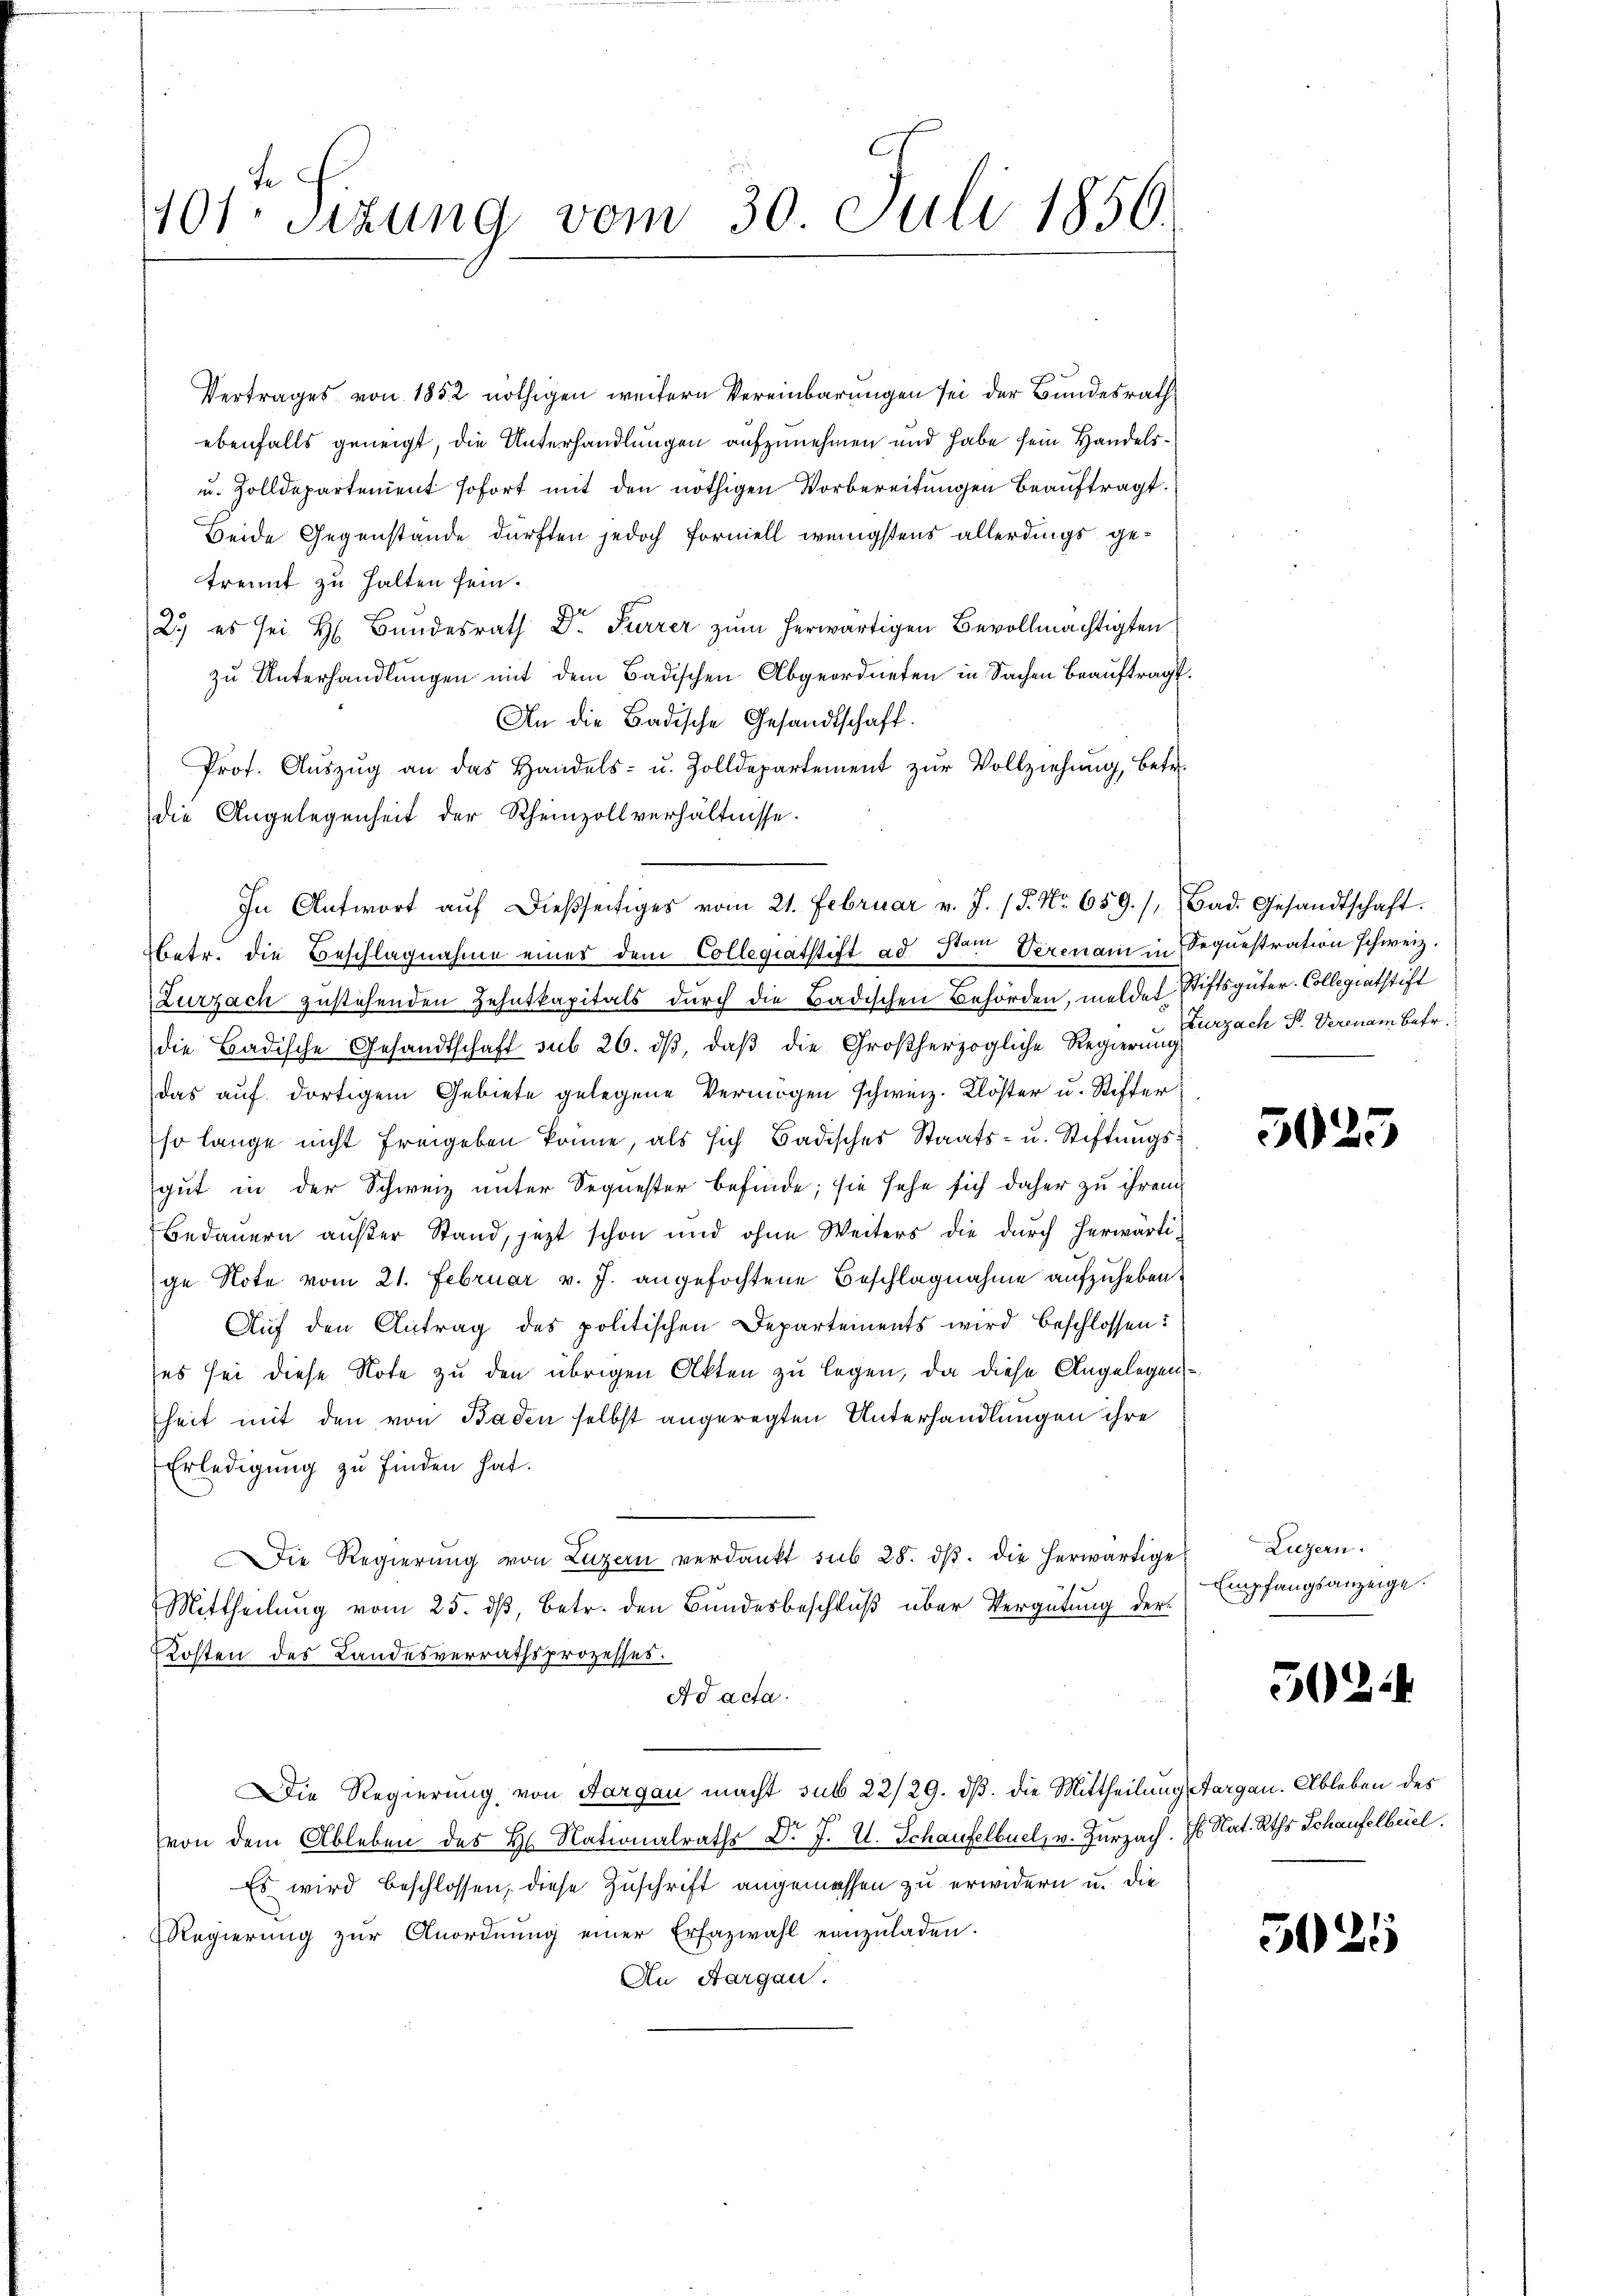
te
101 Sizung vom 30. Juli 1850.

Vertrages von 1852 nöthigen weitern Vereinbarungen sei der Bundesrath
ebenfalls geneigt, die Unterhandlungen aufzunehmen und habe sein Handels¬
u. Zolldepartement sofort mit den nöthigen Vorbereitungen beauftragt.
Beide Gegenstände dürften jedoch formell wenigstens allerdings getrennt zu halten sein.
2.) es sei H. Bundesrath Dr. Furrer zum herwärtigen Bevollmächtigten
zu Unterhandlungen mit dem Badischen Abgeordneten in Sachen Beauftragt.
An die Badische Gesandtschaft.
Prof. Aŭszŭg an das Handels- u. Zolldepartement zŭr Vollziehŭng, betr.
die Angelegenheit der Rheinzoll verhältnisse.
betr. die Beschlagnahme eines dem Collegiatstift ad Stam Verenam in Sequestration schweiz.
Zurzach zustehenden Zehntkapitals durch die Badischen Behörden, meldet Stiftsgüter-Collegiatstift
die Badische Gesandtschaft sub 26. dβ, daß die Großherzogliche Regierung
das auf dortigem Gebiete gelegene Vermögen schweiz. Klöster u. Stifter
so lange nicht freigeben könne, als sich Badisches Staats- u. Stiftungsgut in der Schweiz unter Sequester befinde; sie sehe sich daher zu ihren
Bedauern außer Stand, jezt schon und ohne Weiters die durch herwärti-
ge Note vom 21. Februar v. J. angefochtene Beschlagnahme aufzuheben.
Auf den Antrag des politischen Departements wird beschlossen:
es sei diese Note zu den übrigen Akten zu legen, da diese Angelegen
heit mit den von Baden selbst angeregten Unterhandlungen ihre
Erledigung zu finden hat.
Die Regierung von Luzern verdankt sub 28. dβ. die herwärtige
Mittheilung vom 25. dβ, betr. den Bundesbeschluß über Vergütung der¬
Kosten des Landesverrathsprozesses.
Ad acta.
Die Regierung von Aargau macht sub 22/29. dß. die Mittheilung Aargau. Ableben des
von dem Ableben des H. Nationalraths D. J. U. Schaufelbuel, v. Zurzach. E. Nat. Rths Schaufelbeiel.
Es wird beschlossen, diese Zuschrift angemessen zu erwidern u. die
Regierŭng zŭr Anordnŭng einer Erfazwahl einzŭladen.
An Aargau.

In Antwort aŭf dießseitiges vom 21. Februar v. J. 18. No. 659./, Bad. Gesandtschaft.

Zurzach P. Verenam betr

.

3025

Luzern.
Empfangsanzeige.

502

5025